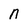
Character: n